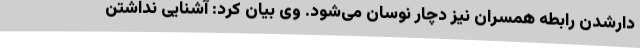
دارشدن رابطه همسران نیز دچار نوسان می‌شود. وی بیان کرد: آشنایی نداشتن